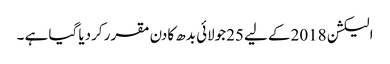
الیکشن 2018کے لیے 25جولائی بدھ کادن مقرر کردیا گیا ہے ۔